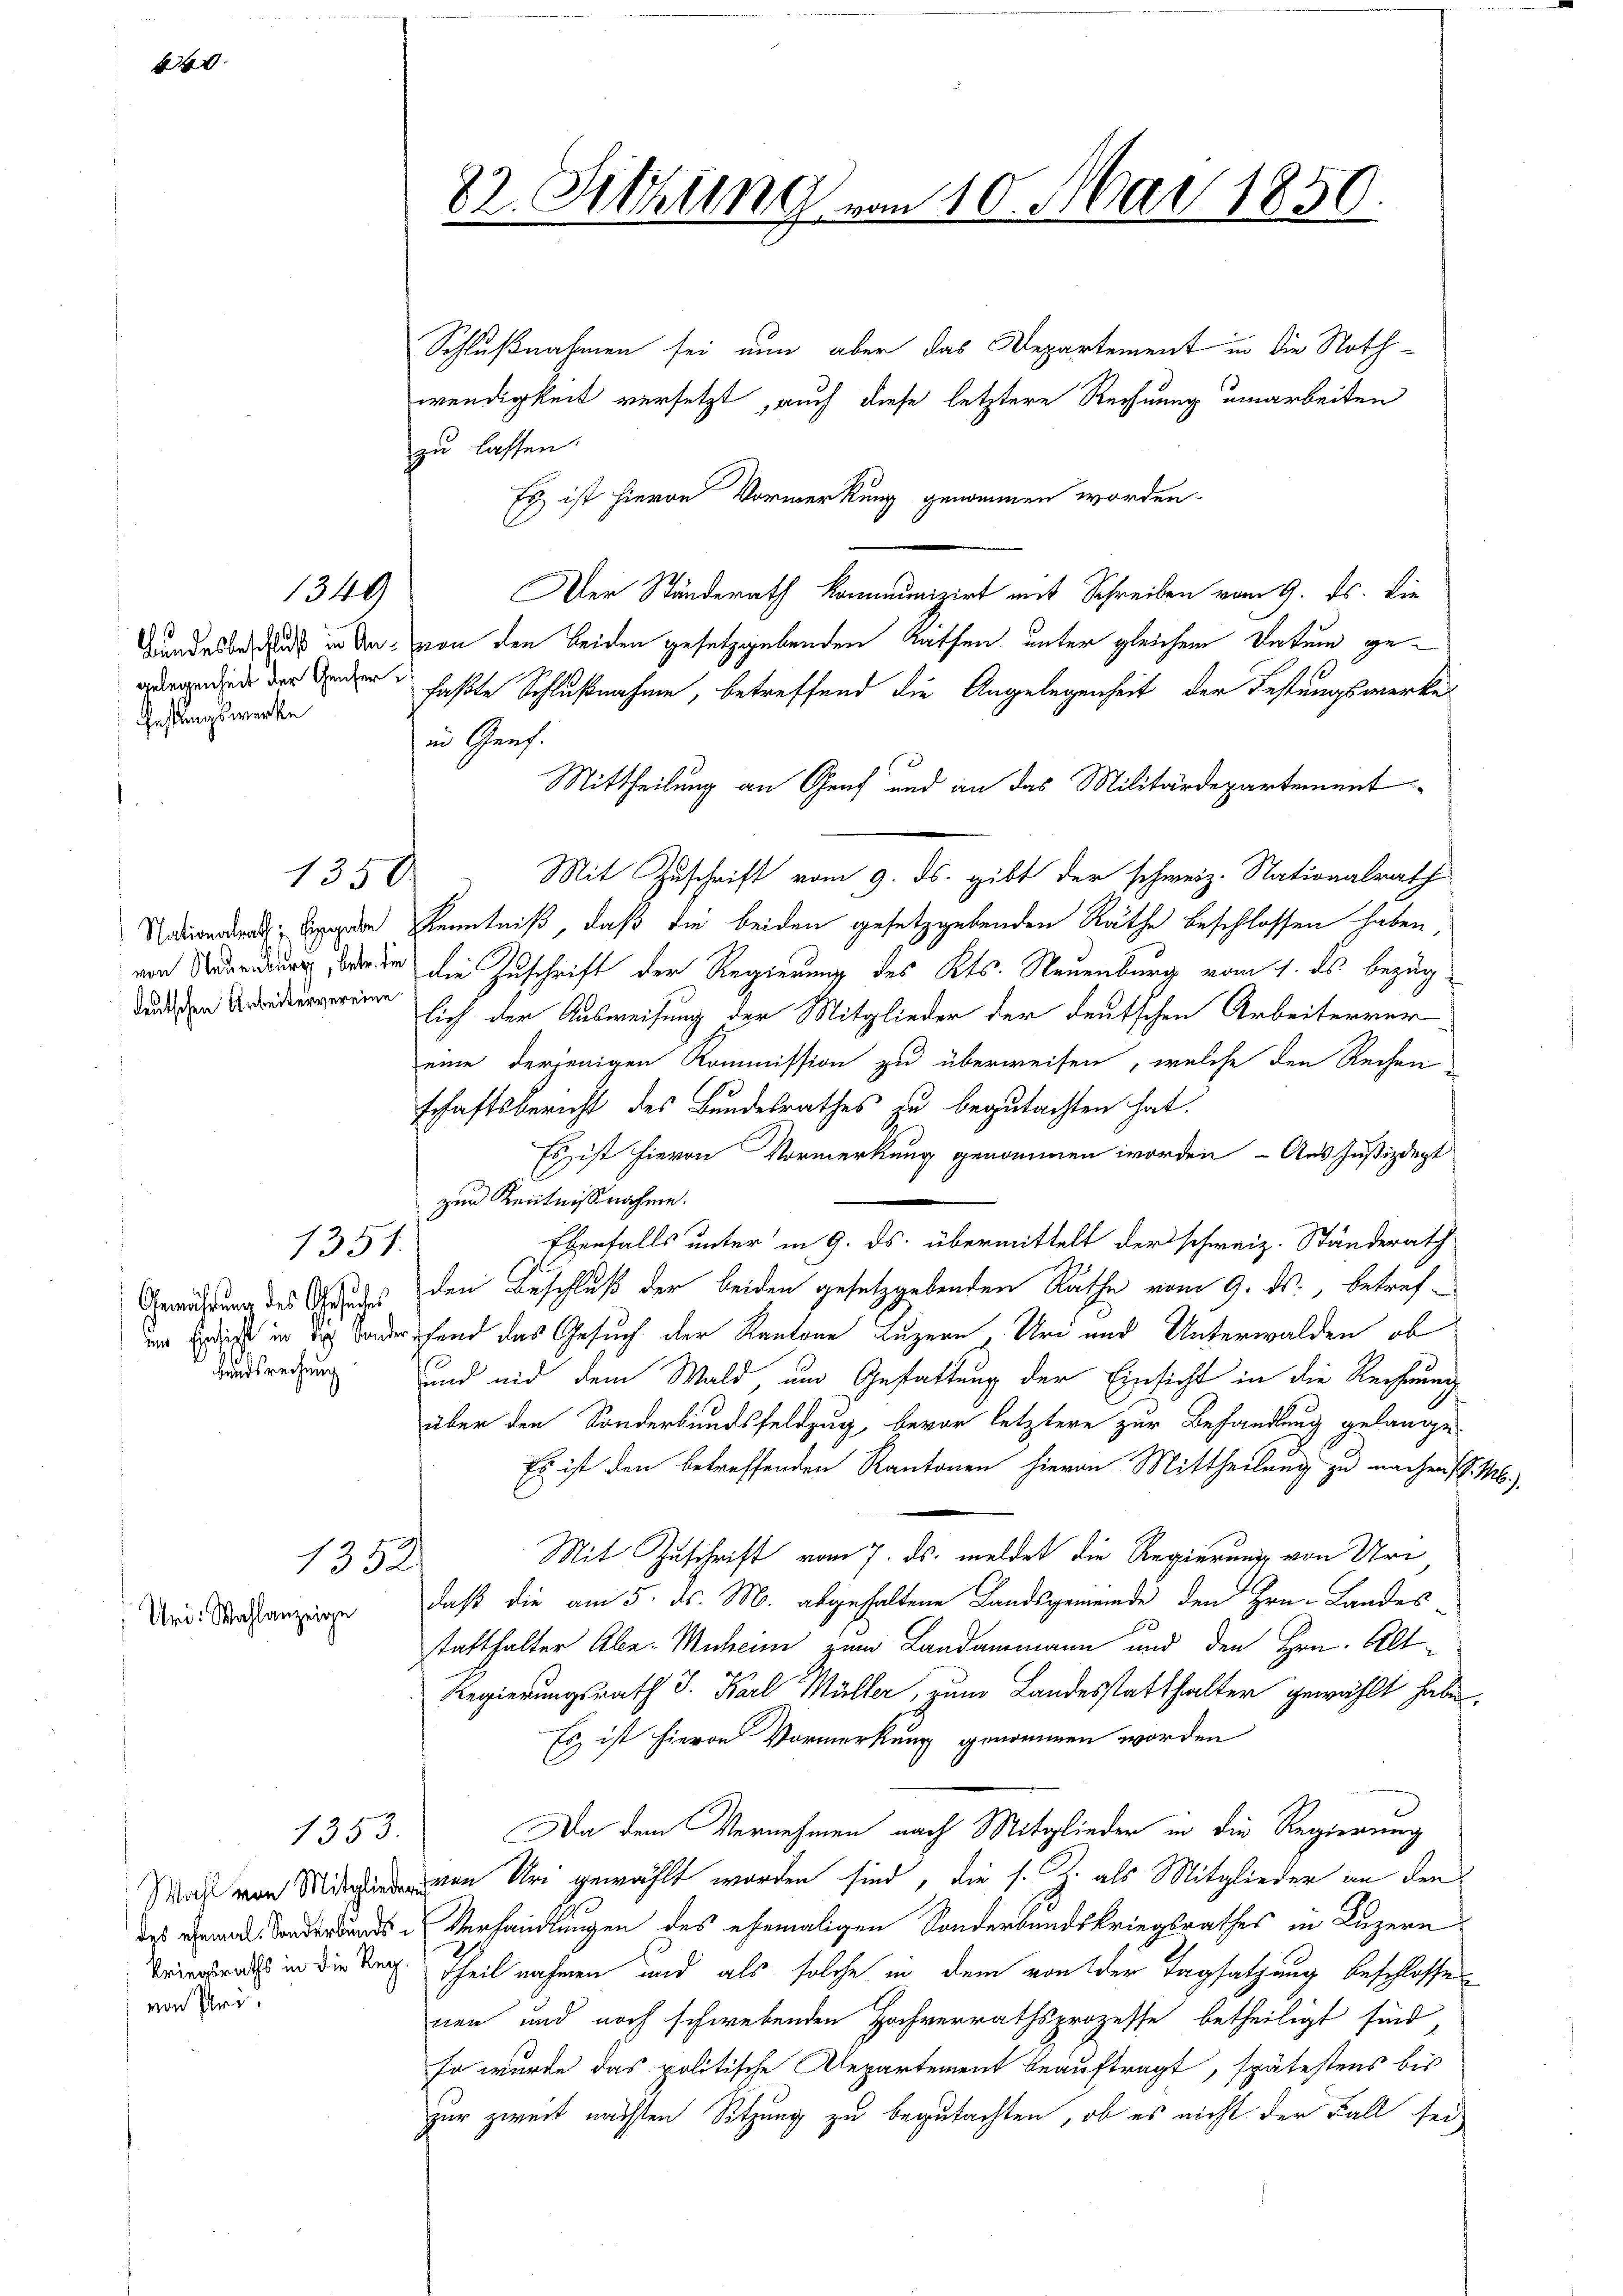
444.

Gestungswerke

1340)

1350

von Neuenburg, betr. die
deutschen Arbeitervereine

1351.
Gewährung des Gesuches
um Erschicht in die Sonder
bundesrechnung

1352.

Und: Wahlanzeige

1353.

kriegsraths in die Reg.
von Pri

82. Sitzung vom 10. Mai 1850.

Schlußnahmen sei nun aber das Departement in die Nothwendigkeit versetzt, auch diese letztere Rechnung umarbeiten
zu lassen.
Es ist hievon Vormerkung genommen worden
Der Ständerath kommunizirt mit Schreiben vom 9. ds. Die
Gundesbedung in an, von den beiden gesetzgebenden Rathen unter gleichem Datum gegergende der Geden, faßte Schlußnahme, betreffend die Angelegenheit der Festungswerke
in Genf.
Mittheilung an Graf und an das Militärdepartement
Mit Zuschrift vom 9. ds. gibt der schweiz. Nationalrath
iwerden Eigen Kenntniß, daß die beiden gesetzgebenden Räthe beschlossen haben
die Zuschrift der Regierung des Kts. Neuenburg vom 1. ds. bezug
lich der Ausweisung der Mitglieder der deutschen Arbeiterver-
eine derjenigen Kommission zu überweisen, welche den Rechen
schaftsbericht des Bundesrathes zu begutachten hat.
Es ist hievon Vormerkung genommen worden - Aus Justizdept
zur Kenntnißnahme.
Ebenfalls unter in 9. ds. übermittelt der schweiz. Ständerath
den Beschluß der beiden gesetzgebenden Räthe vom 9. ds., betreffend das Gesuch der Kantone Luzern Uri und Unterwalden, ob
und mit dem Wald und Gestattung der Einsicht in die Rechnung
über den Sonderbundsfeldzug, bevor letztere zur Behandlung gelange
Es ist den betreffenden Kantonen hievon Mittheilung zu machen P. M.)
Mit Zuschrift vom 7. ds. meldet die Regierung von Uri
daß die am 5. ds. M. abgehaltene Landsgemeinde den Hrn. Landes-
statthalter Aber Muheim zum Landammann und den Hrn. Alt¬
Regierungsrath J. Karl Müller, zum Landesstatthalter gewählt habe,
Es ist hievon Vormerkung genommen worden
Da dem Vernehmen nach Mitglieder in die Regierung
Mal von den Uri gewählt worden sind, die s. Z. als Mitglieder an den
des gerade oder und Verhandlungen des ehemaligen Sonderbandskriegsrathes in Luzern
Theil nahmen und als solche in dem von der Tagsatzung beschlosse
nen und noch schwebenden Hochverrathsprozesse betheiligt sind,
Er wurde das politische Alepartement beauftragt, spätestens bis
zur zweit nächsten Sitzung zu begutachten, ob es nicht der Fall sei